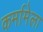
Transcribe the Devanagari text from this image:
कर्मामेला